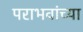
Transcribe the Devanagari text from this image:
पराभवांच्या